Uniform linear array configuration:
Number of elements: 4
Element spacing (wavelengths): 0.25
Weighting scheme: binomial
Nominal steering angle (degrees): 15
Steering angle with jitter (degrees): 15.711
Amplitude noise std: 0.05
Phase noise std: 0.05

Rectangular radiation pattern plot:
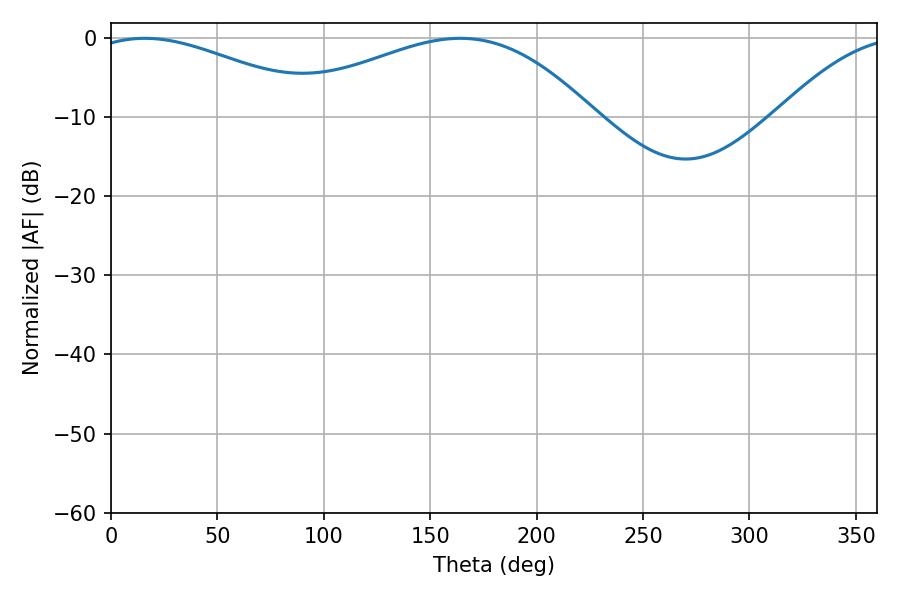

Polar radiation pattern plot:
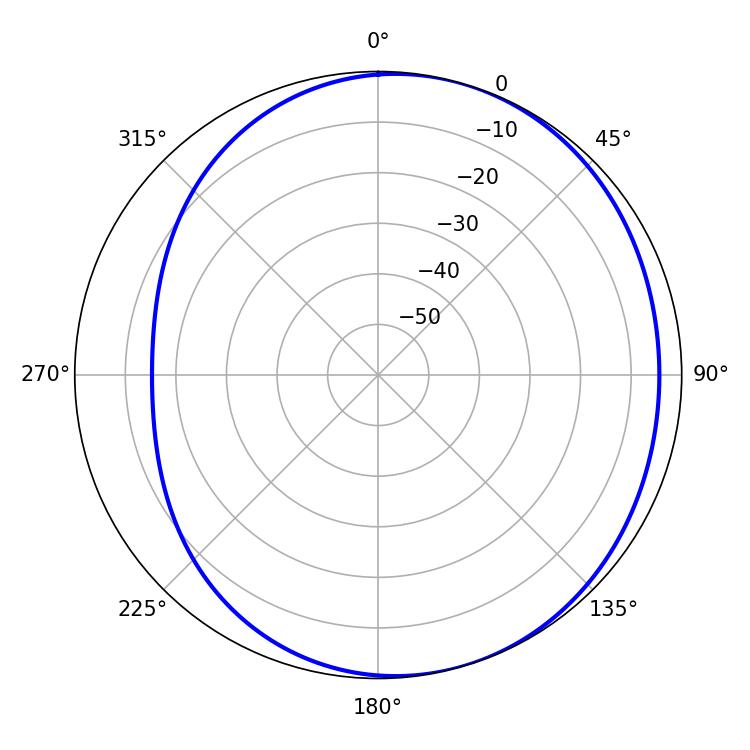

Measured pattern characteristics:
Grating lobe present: FALSE
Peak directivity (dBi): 3.512
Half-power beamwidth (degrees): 61.38
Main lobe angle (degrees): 15.84